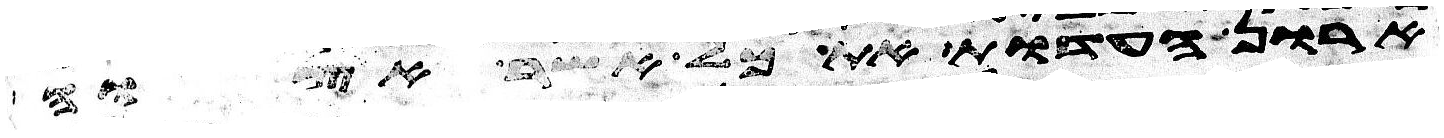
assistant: ארון העדות את כל אשר אצוה